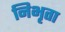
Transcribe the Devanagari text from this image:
निभृता